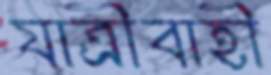
যাত্রীবাহী